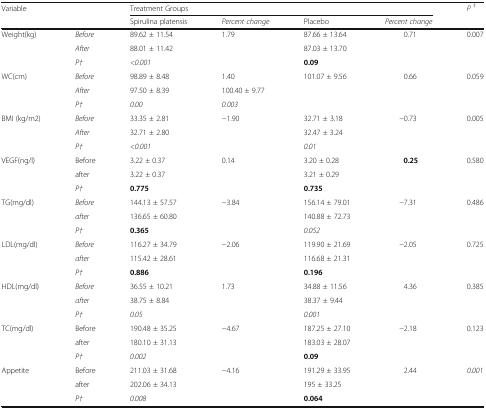
<table><thead><tr><td rowspan="2" colspan="2"><b>Variable</b></td><td colspan="4"><b>Treatment Groups</b></td><td><b><i>P</i><sup><i>‡</i></sup></b></td></tr><tr><td><b>Spirulina platensis</b></td><td><b><i>Percent change</i></b></td><td><b>Placebo</b></td><td><b><i>Percent change</i></b></td><td></td></tr></thead><tbody><tr><td rowspan="3">Weight(kg)</td><td><i>Before</i></td><td>89.62 ± 11.54</td><td>1.79</td><td>87.66 ± 13.64</td><td>0.71</td><td>0.007</td></tr><tr><td><i>After</i></td><td>88.01 ± 11.42</td><td></td><td>87.03 ± 13.70</td><td></td><td></td></tr><tr><td><i>P†</i></td><td><i>&lt;0.001</i></td><td></td><td><b>0.09</b></td><td></td><td></td></tr><tr><td rowspan="3">WC(cm)</td><td><i>Before</i></td><td>98.89 ± 8.48</td><td>1.40</td><td>101.07 ± 9.56</td><td>0.66</td><td>0.059</td></tr><tr><td><i>After</i></td><td>97.50 ± 8.39</td><td>100.40 ± 9.77</td><td></td><td></td><td></td></tr><tr><td><i>P†</i></td><td><i>0.00</i></td><td><i>0.003</i></td><td></td><td></td><td></td></tr><tr><td rowspan="3">BMI (kg/m2)</td><td><i>Before</i></td><td>33.35 ± 2.81</td><td>−1.90</td><td>32.71 ± 3.18</td><td>−0.73</td><td>0.005</td></tr><tr><td><i>After</i></td><td>32.71 ± 2.80</td><td></td><td>32.47 ± 3.24</td><td></td><td></td></tr><tr><td><i>P†</i></td><td><i>&lt;0.001</i></td><td></td><td><i>0.01</i></td><td></td><td></td></tr><tr><td rowspan="3">VEGF(ng/l)</td><td>Before</td><td>3.22 ± 0.37</td><td>0.14</td><td>3.20 ± 0.28</td><td><b>0.25</b></td><td>0.580</td></tr><tr><td>after</td><td>3.22 ± 0.37</td><td></td><td>3.21 ± 0.29</td><td></td><td></td></tr><tr><td><i>P†</i></td><td><b>0.775</b></td><td></td><td><b>0.735</b></td><td></td><td></td></tr><tr><td rowspan="3">TG(mg/dl)</td><td><i>Before</i></td><td>144.13 ± 57.57</td><td>−3.84</td><td>156.14 ± 79.01</td><td>−7.31</td><td>0.486</td></tr><tr><td><i>after</i></td><td>136.65 ± 60.80</td><td></td><td>140.88 ± 72.73</td><td></td><td></td></tr><tr><td><i>P†</i></td><td><b>0.365</b></td><td></td><td><i>0.052</i></td><td></td><td></td></tr><tr><td rowspan="3">LDL(mg/dl)</td><td><i>Before</i></td><td>116.27 ± 34.79</td><td>−2.06</td><td>119.90 ± 21.69</td><td>−2.05</td><td>0.725</td></tr><tr><td><i>after</i></td><td>115.42 ± 28.61</td><td></td><td>116.68 ± 21.31</td><td></td><td></td></tr><tr><td><i>P†</i></td><td><b>0.886</b></td><td></td><td><b>0.196</b></td><td></td><td></td></tr><tr><td rowspan="3">HDL(mg/dl)</td><td><i>Before</i></td><td>36.55 ± 10.21</td><td>1.73</td><td>34.88 ± 11.56</td><td>4.36</td><td>0.385</td></tr><tr><td><i>after</i></td><td>38.75 ± 8.84</td><td></td><td>38.37 ± 9.44</td><td></td><td></td></tr><tr><td><i>P†</i></td><td><i>0.05</i></td><td></td><td><i>0.001</i></td><td></td><td></td></tr><tr><td rowspan="3">TC(mg/dl)</td><td>Before</td><td>190.48 ± 35.25</td><td>−4.67</td><td>187.25 ± 27.10</td><td>−2.18</td><td>0.123</td></tr><tr><td>after</td><td>180.10 ± 31.13</td><td></td><td>183.03 ± 28.07</td><td></td><td></td></tr><tr><td><i>P†</i></td><td><i>0.002</i></td><td></td><td><b>0.09</b></td><td></td><td></td></tr><tr><td rowspan="3">Appetite</td><td>Before</td><td>211.03 ± 31.68</td><td>−4.16</td><td>191.29 ± 33.95</td><td>2.44</td><td><i>0.001</i></td></tr><tr><td>after</td><td>202.06 ± 34.13</td><td></td><td>195 ± 33.25</td><td></td><td></td></tr><tr><td><i>P†</i></td><td><i>0.008</i></td><td></td><td><b>0.064</b></td><td></td><td></td></tr></tbody></table>